Leprosy in India: report of the Leprosy Commission in India, 1890-91
Year: 1890
Disease focus: Leprosy
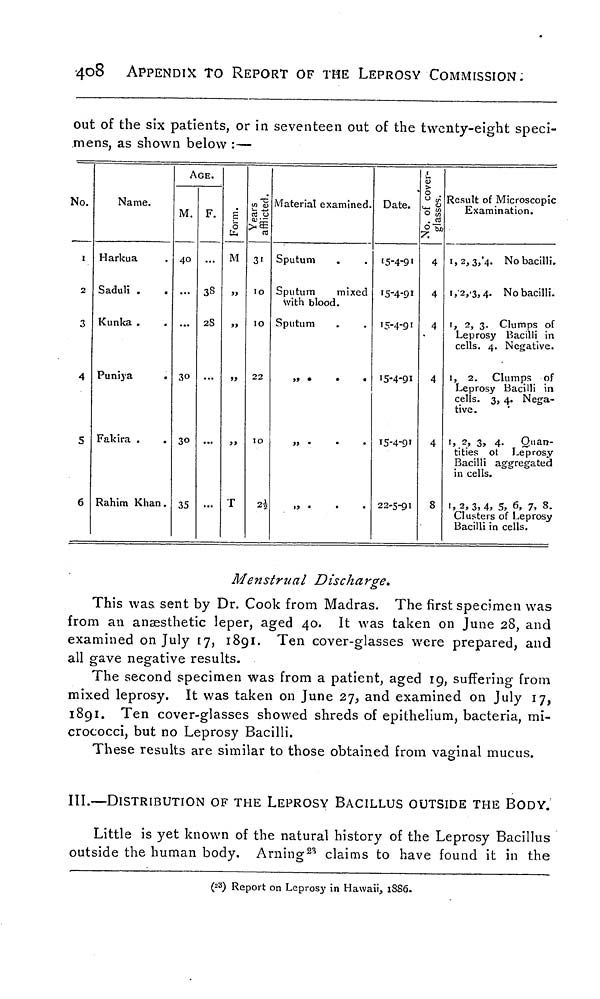
408
APPENDIX TO REPORT OF THE LEPROSY COMMISSION:
out of the six patients, or in seventeen out of the twenty-eight speci-
mens, as shown below :—
No.
1
2
3
4
5
6
Name.
Harkua
Saduli
Kunka
Puniya
Fakira .
.
Rahim Khan
AGE.
M.
40
30
30
35
F.
38
2S
...
...
Form.
M
»
>>
,,
T
Years afflicted.
31
10
10
22
10
Material examined.
Sputum
Sputum
mixed
with blood.
Sputum
» •
•
•
,,
Date.
15-4-91
15-4-91
15-4-91
15-4-91
15-4-91
22-5-91
No. of cover-
glasses.
4
4
4
4
4
8
Result of Microscopic
Examination.
1,2,3,4. No bacilli.
1,2,3,4. No bacilli.
1, 2, 3. Clumps of
Leprosy Bacilli in
cells. 4. Negative.
1, 2. Clumps of
Leprosy Bacilli in
cells. 3, 4. Nega-
tive.
1, 2, 3, 4. Quan-
tities of Leprosy
Bacilli aggregated
in cells.
1,2,3,4, 5, 6, 7, 8.
Clusters of Leprosy
Bacilli in cells.
Menstrual Discharge.
This was sent by Dr. Cook from Madras. The first specimen was
from an anaesthetic leper, aged 40. It was taken on June 28, and
examined on July 17, 1891. Ten cover-glasses were prepared, and
all gave negative results.
The second specimen was from a patient, aged 19, suffering from
mixed leprosy. It was taken on June 27, and examined on July 17,
1891. Ten cover-glasses showed shreds of epithelium, bacteria, mi-
crococci, but no Leprosy Bacilli.
These results are similar to those obtained from vaginal mucus.
III.—DISTRIBUTION OF THE LEPROSY BACILLUS OUTSIDE THE BODY.
Little is yet known of the natural history of the Leprosy Bacillus
outside the human body. Arning 23 claims to have found it in the
( 23 ) Report on Leprosy in Hawaii, 1886.